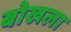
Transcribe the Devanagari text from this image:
बोखला